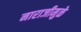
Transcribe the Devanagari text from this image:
नाराजीमुळे